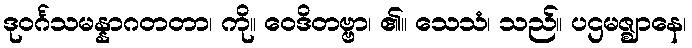
ဒုဝင်္ဂသမန္နာဂတတာ၊ ကို။ ဝေဒိတဗ္ဗာ၊ ၏။ သေသံ၊ သည်။ ပဌမဇ္ဈာနေ၊